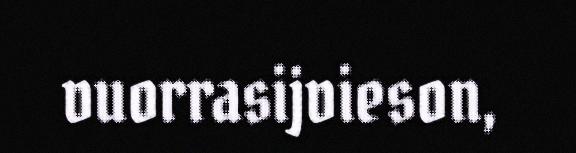
vuorrasijvieson,